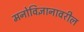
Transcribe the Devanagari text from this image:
मनोविज्ञानावरील